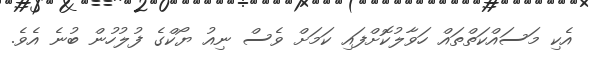
އެކި މަސައްކަތްތައް ހަވާލުކޮށްފައި ކަމަށް ވެސް ނިއު ޔޯކްގެ ފުލުހުން ބުނެ އެވެ.